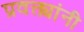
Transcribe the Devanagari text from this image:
प्रवक्त्यांनी